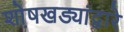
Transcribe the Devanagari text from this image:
शो़षखड्यांद्वारे